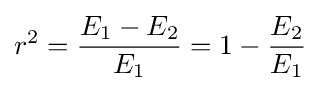
r^{2}={\frac {E_{1}-E_{2}}{E_{1}}}=1-{\frac {E_{2}}{E_{1}}}